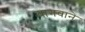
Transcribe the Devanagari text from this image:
वागवाने